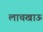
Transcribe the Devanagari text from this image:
लाचखाऊ